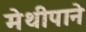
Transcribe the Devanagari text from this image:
मेथीपाने